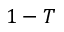
1 - T